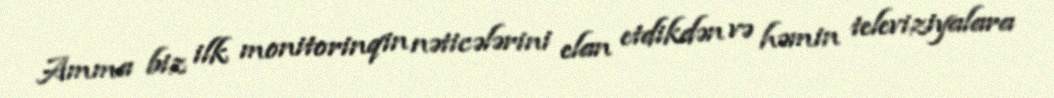
Amma biz ilk monitorinqin nəticələrini elan etdikdən və həmin televiziyalara